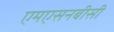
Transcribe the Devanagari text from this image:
एमएसनबीसी